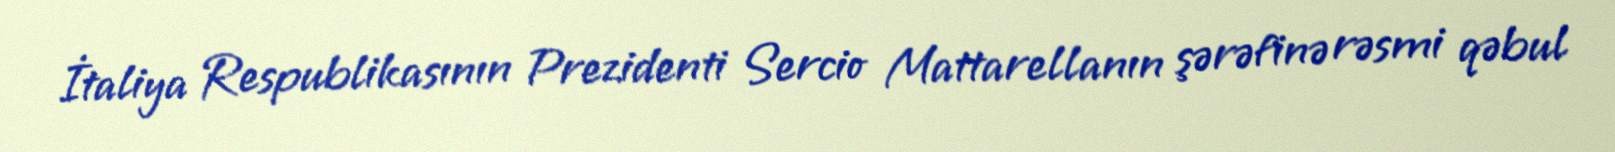
İtaliya Respublikasının Prezidenti Sercio Mattarellanın şərəfinə rəsmi qəbul